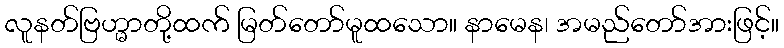
လူနတ်ဗြဟ္မာတို့ထက် မြတ်တော်မူထသော။ နာမေန၊ အမည်တော်အားဖြင့်။